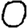
Digit: 0